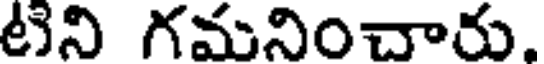
టిని గమనించారు.